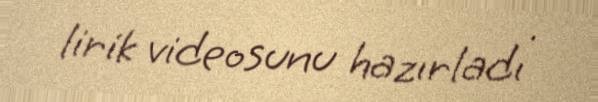
lirik videosunu hazırladı .